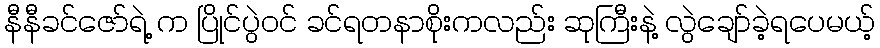
နီနီခင်ဇော်ရဲ့ က ပြိုင်ပွဲဝင် ခင်ရတနာစိုးကလည်း ဆုကြီးနဲ့ လွဲချော်ခဲ့ရပေမယ့်